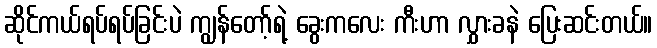
ဆိုင်ကယ်ရပ်ရပ်ခြင်းပဲ ကျွန်တော့်ရဲ့ ခွေးကလေး ကီးဟာ လွှားခနဲ ပြေးဆင်းတယ်။